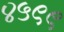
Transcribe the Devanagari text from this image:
४५९९